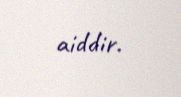
aiddir.